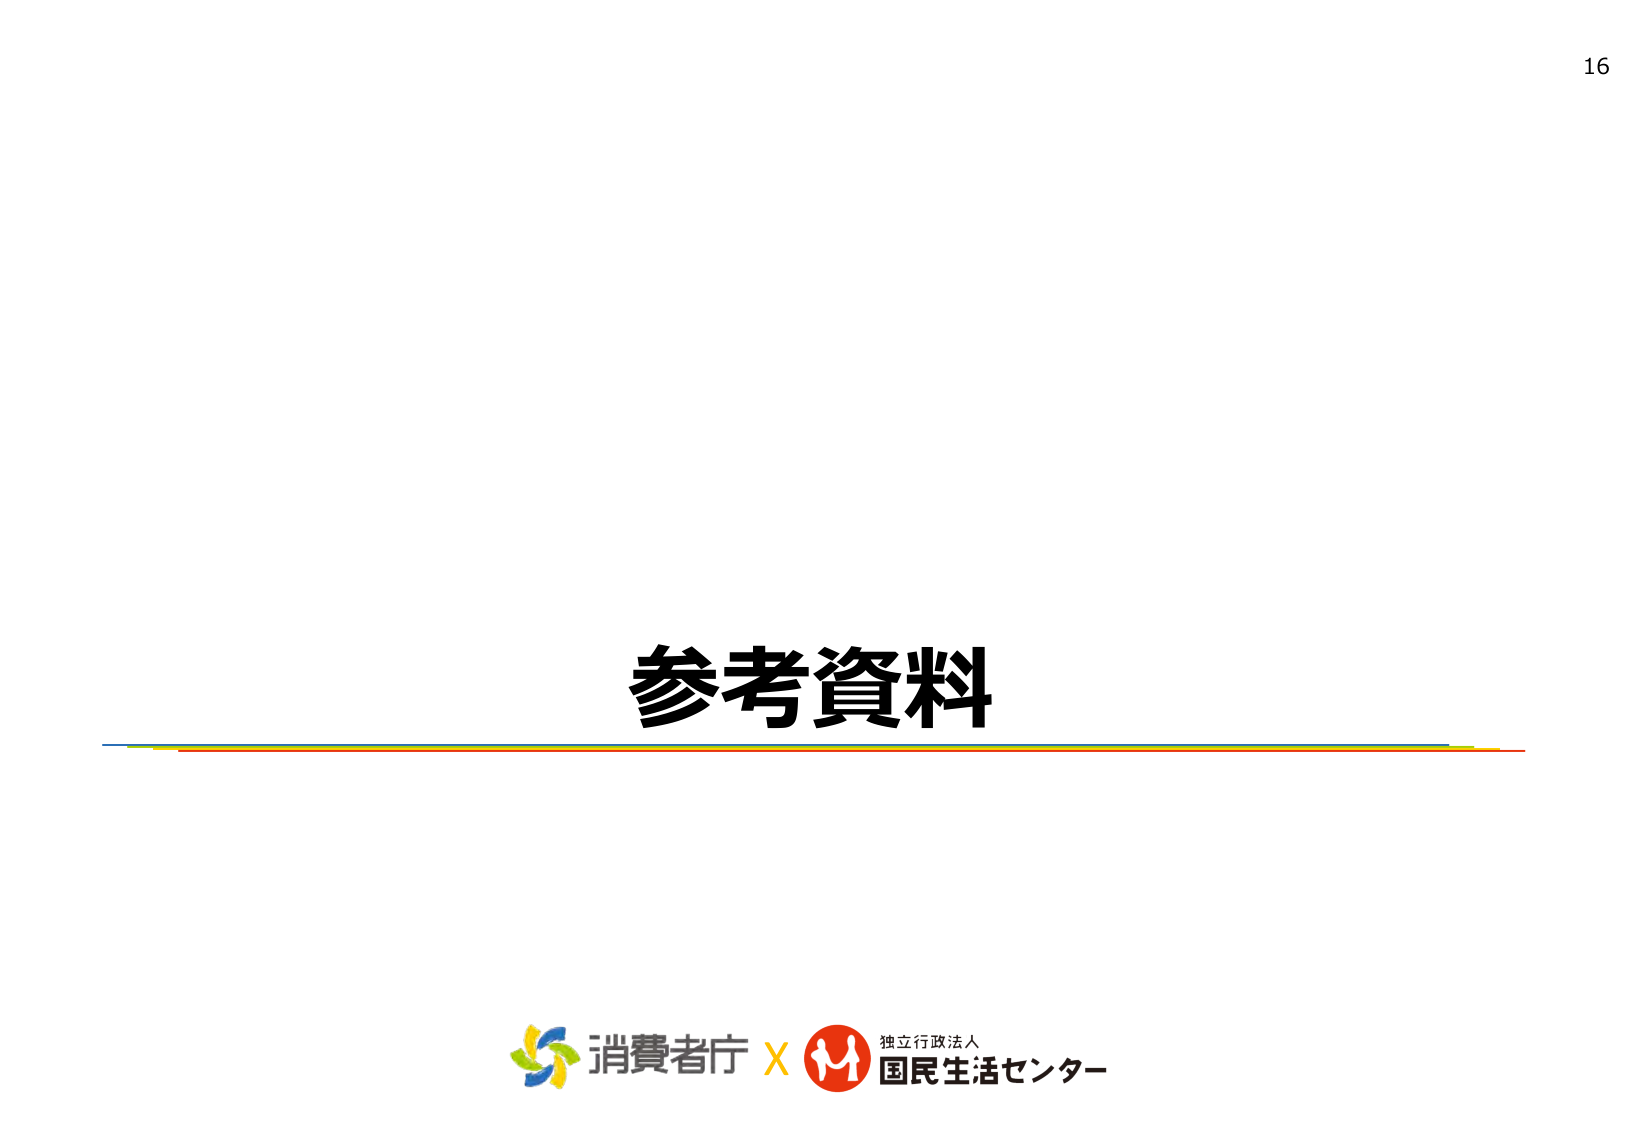
16
参考資料
消費者庁 × 独立行政法人
国民生活センター